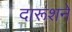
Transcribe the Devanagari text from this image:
दारूशने